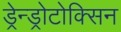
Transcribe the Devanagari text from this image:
ड्रेन्ड्रोटोक्सिन